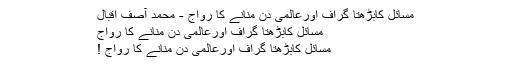
مسائل کابڑھتا گراف اورعالمی دن منانے کا رواج - محمد آصف اقبال
مسائل کابڑھتا گراف اورعالمی دن منانے کا رواج
مسائل کابڑھتا گراف اورعالمی دن منانے کا رواج !